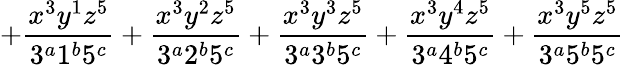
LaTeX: +\frac{x^{3}y^{1}z^{5}}{3^{a}1^{b}5^{c}}+\frac{x^{3}y^{2}z^{5}}{3^{a}2^{b}5^{c}}+\frac{x^{3}y^{3}z^{5}}{3^{a}3^{b}5^{c}}+\frac{x^{3}y^{4}z^{5}}{3^{a}4^{b}5^{c}}+\frac{x^{3}y^{5}z^{5}}{3^{a}5^{b}5^{c}}